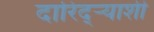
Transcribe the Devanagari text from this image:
दारिद्र्‍याशी